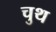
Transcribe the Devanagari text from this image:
चुथ